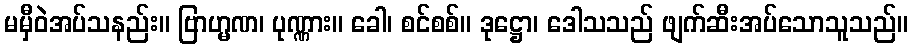
မမှီဝဲအပ်သနည်း။ ဗြာဟ္မဏ၊ ပုဏ္ဏား။ ခေါ၊ စင်စစ်။ ဒုဋ္ဌော၊ ဒေါသသည် ဖျက်ဆီးအပ်သောသူသည်။